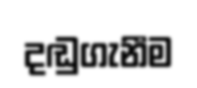
දඬුගැනීම